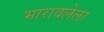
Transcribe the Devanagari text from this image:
भारावलेला